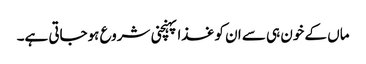
ماں کے خون ہی سے ان کو غذا پہنچنی شروع ہوجاتی ہے۔